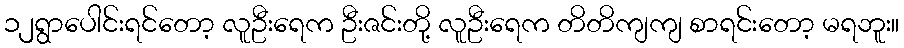
၁၂ရွာပေါင်းရင်တော့ လူဦးရေက ဦးဇင်းတို့ လူဦးရေက တိတိကျကျ စာရင်းတော့ မရဘူး။